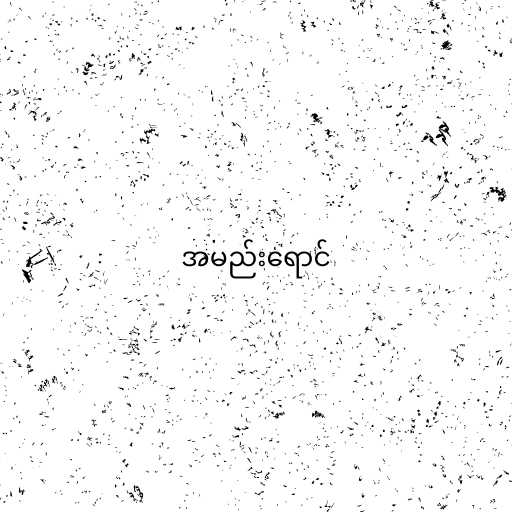
အမည်းရောင်